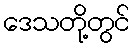
ဒေသတို့တွင်